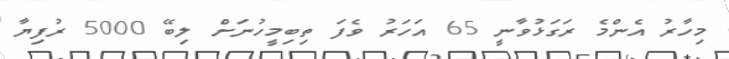
މިހާރު އެންމެ ރަގަޅުވާނީ 65 އަހަރު ވެފަ ތިބިމީހުނަށް ލިބޭ 5000 ރުފިޔާ